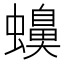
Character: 𧓝